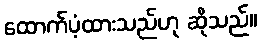
ထောက်ပံ့ထားသည်ဟု ဆိုသည်။